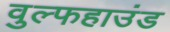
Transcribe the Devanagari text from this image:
वुल्फहाउंड